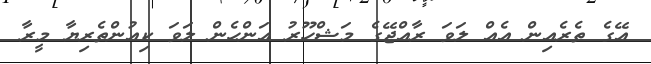
އޭގެ ތެރެއިން އެއް ލަވަ ރާއްޖޭގެ މަޝްހޫރު އަންހެން ލަވަ ކިއުންތެރިޔާ މީރާ